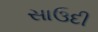
સાઉદી